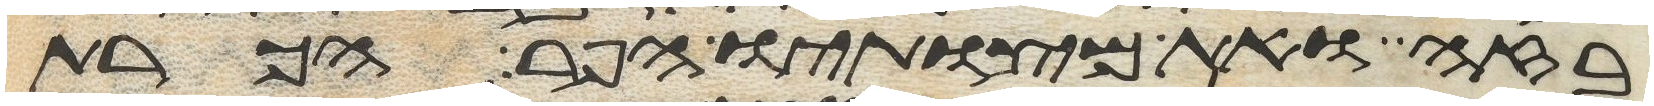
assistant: בזה ואת מצותיו הפר הכרת